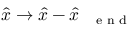
\hat { x } \to \hat { x } - \hat { x } _ { \mathrm { ~ { ~ \scriptsize ~ e ~ n ~ d ~ } ~ } }